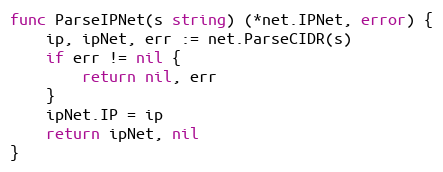
Language: Go
func ParseIPNet(s string) (*net.IPNet, error) {
	ip, ipNet, err := net.ParseCIDR(s)
	if err != nil {
		return nil, err
	}
	ipNet.IP = ip
	return ipNet, nil
}